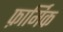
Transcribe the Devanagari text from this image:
फ़ार्मिक